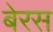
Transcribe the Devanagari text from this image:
बेरस